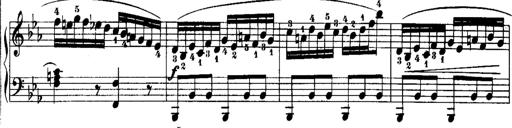
Title: Rondos and Sonatinas for Pianoforte
Composer: Daniel Steibelt